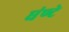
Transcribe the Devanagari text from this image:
घंण्टे